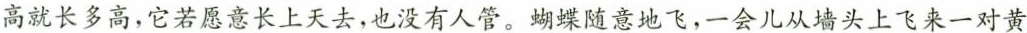
高就长多高，它若愿意长上天去，也没有人管。蝴蝶随意地飞，一会儿从墙头上飞来一对黄